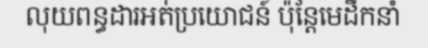
លុយពន្ធដារអត់ប្រយោជន៍ ប៉ុន្តែមេដឹកនាំ